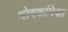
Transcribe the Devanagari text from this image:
मोदकांपेक्षा